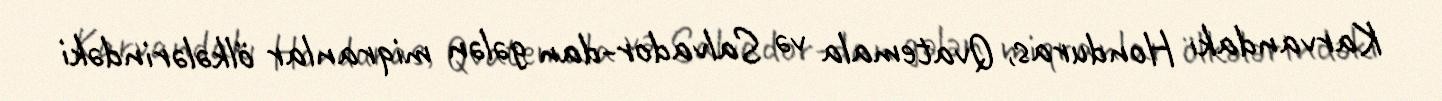
Karvandakı Honduras, Qvatemala və Salvador-dan gələn miqranlar ölkələrindəki